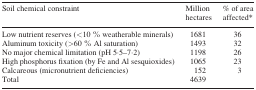
<table><thead><tr><td><b>Soil chemical constraint</b></td><td><b>Million hectares</b></td><td><b>% of area affected*</b></td></tr></thead><tbody><tr><td>Low nutrient reserves (&lt;10 % weatherable minerals)</td><td>1681</td><td>36</td></tr><tr><td>Aluminum toxicity (&gt;60 % Al saturation)</td><td>1493</td><td>32</td></tr><tr><td>No major chemical limitation (pH 5·5–7·2)</td><td>1198</td><td>26</td></tr><tr><td>High phosphorus fixation (by Fe and Al sesquioxides)</td><td>1065</td><td>23</td></tr><tr><td>Calcareous (micronutrient deficiencies)</td><td>152</td><td>3</td></tr><tr><td>Total</td><td>4639</td><td></td></tr></tbody></table>